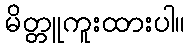
မိတ္တူကူးထားပါ။